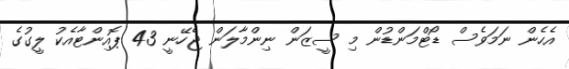
އެހެން ނަމަވެސް ޑޯޓްމަންޑުން މި ސީޒަން ނިންމާލަން ޖެހޭނީ 43 ޕޮއިންޓާއެކު ލީގުގެ